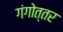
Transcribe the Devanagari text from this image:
गंगोत्तर